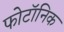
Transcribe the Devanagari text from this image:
फोटॉनिक